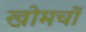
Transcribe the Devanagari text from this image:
खोमचों